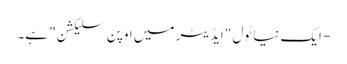
- ایک نیا ٹول "ایڈیٹر میں اوپن سلیکشن" ہے۔